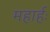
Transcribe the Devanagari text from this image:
महार्हः